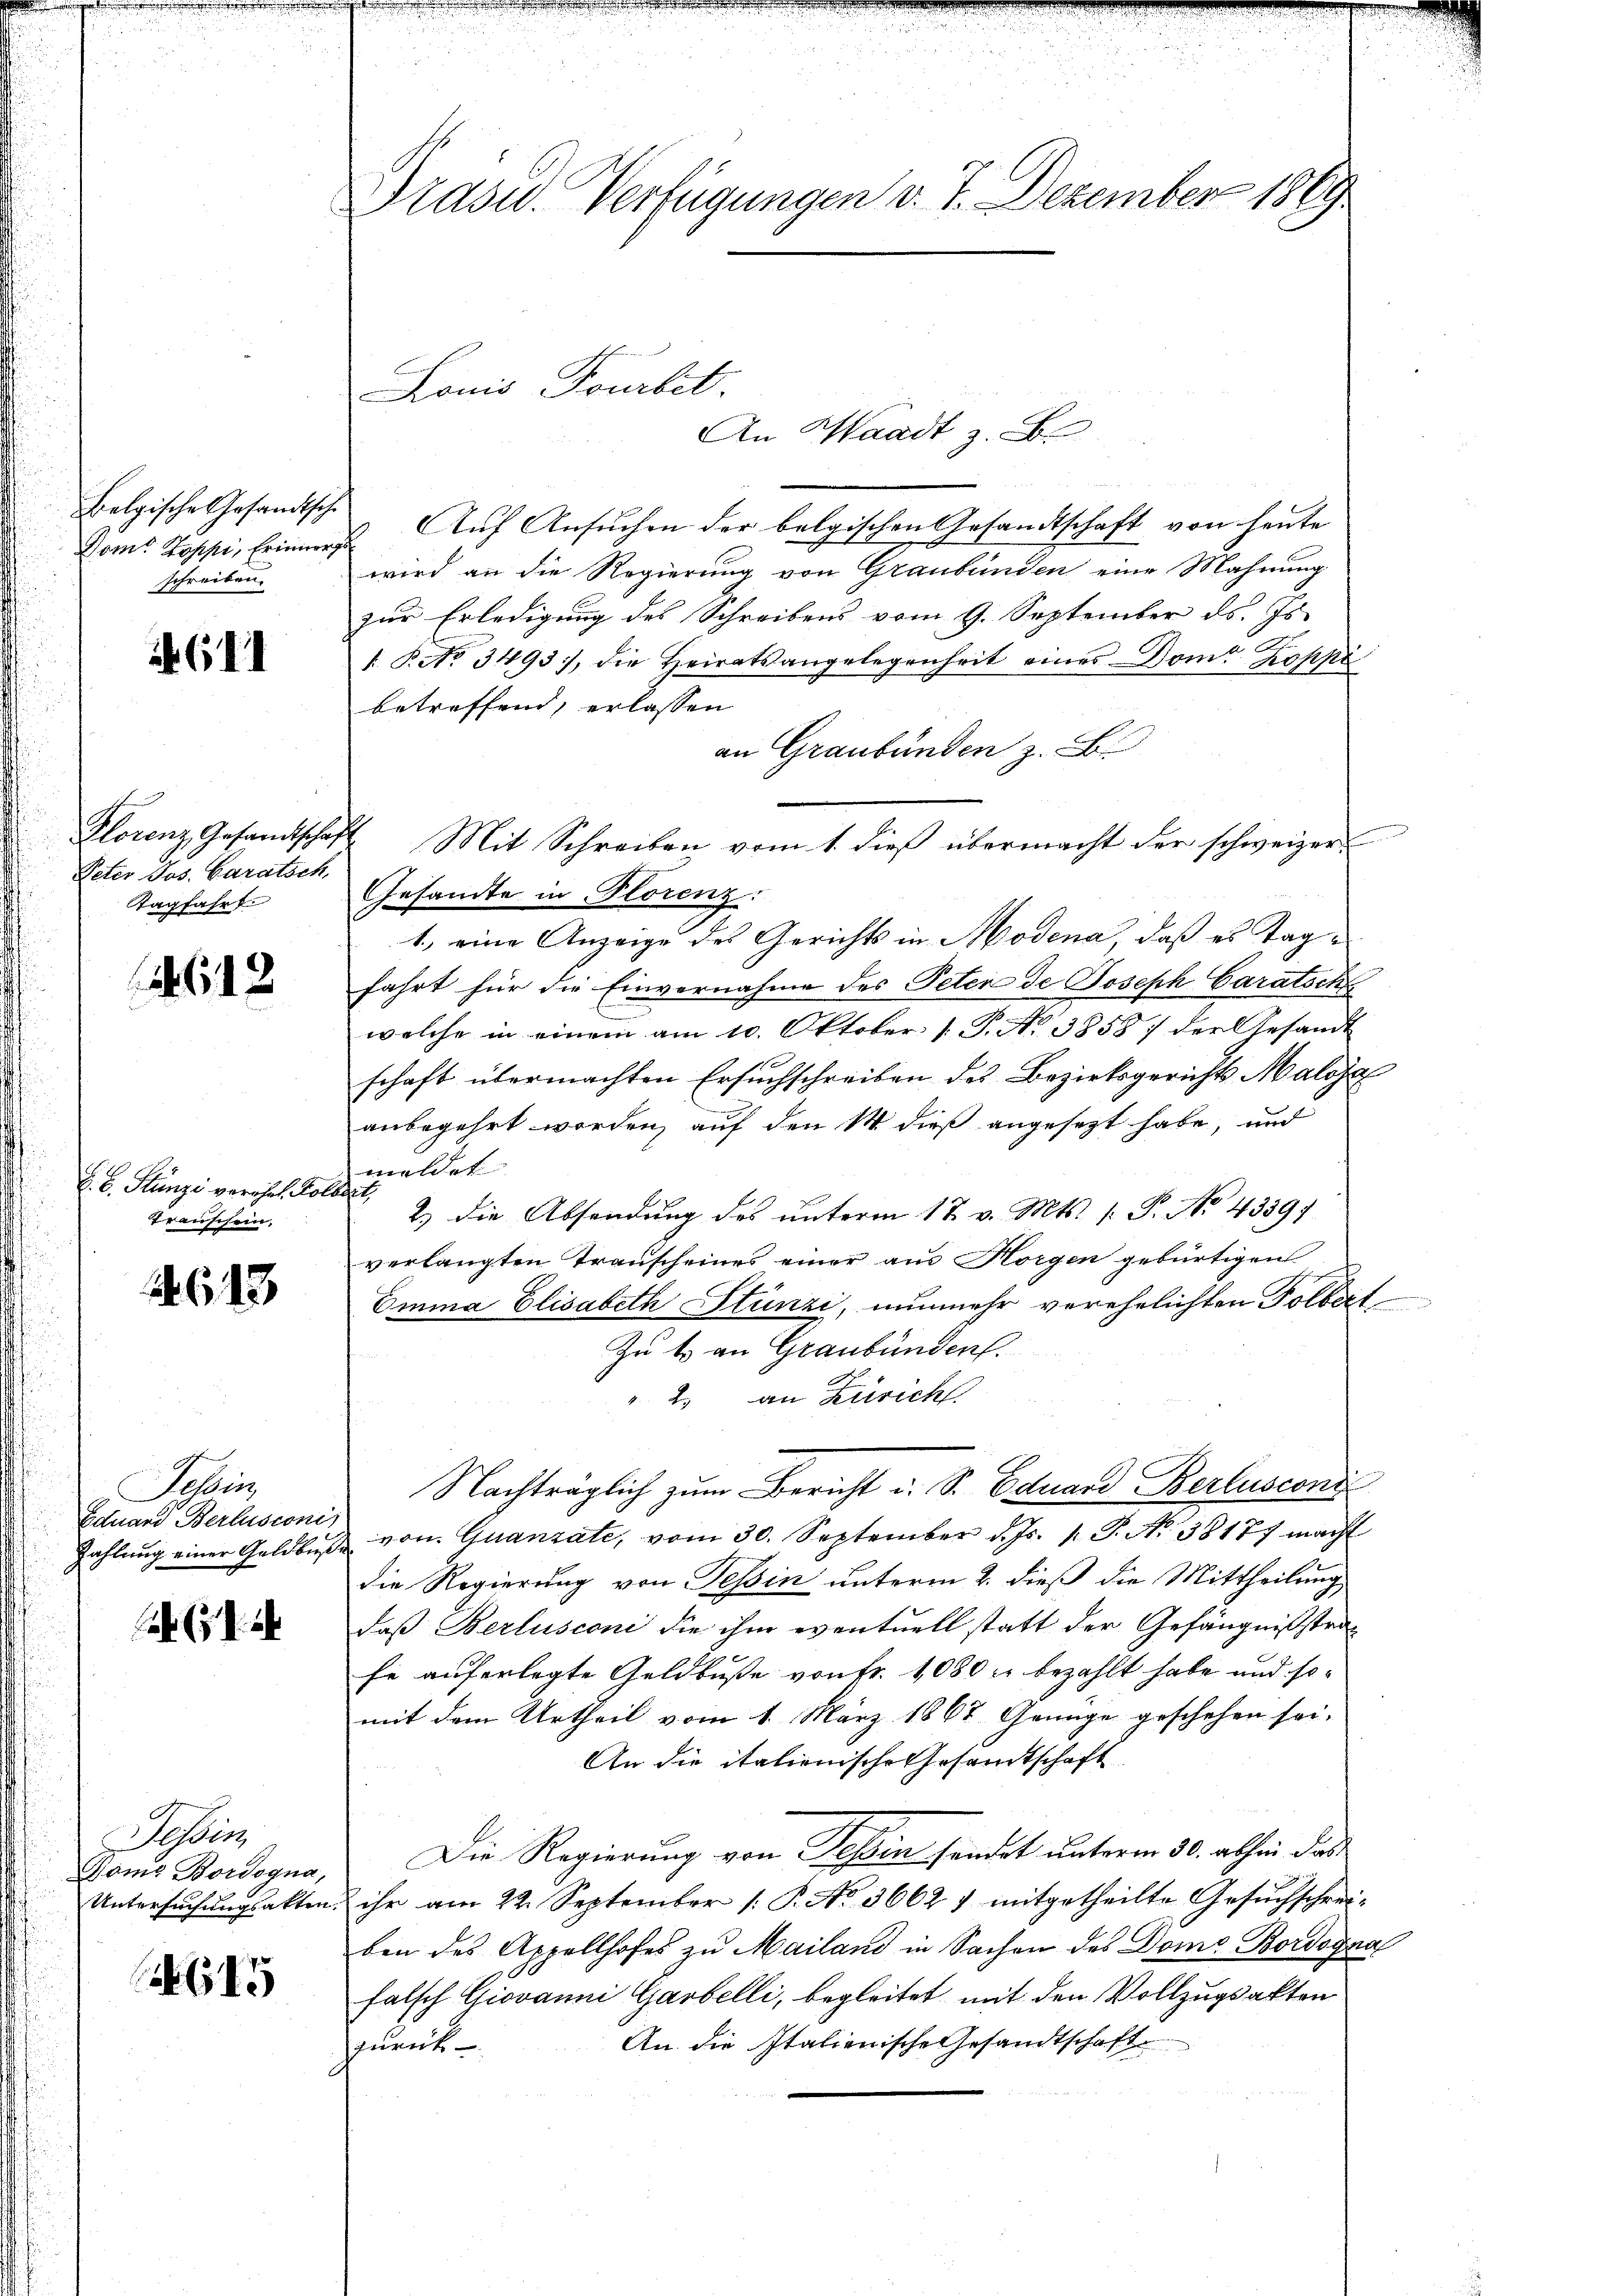
Belgische Gesandtsch
Dom. Koppi, Erinner
schreiben.

611

Peter Jos. Caratsch
Tagfahrt.

4612

S. B. Stünzi verohrt. Kolo
Transchein.

643

Selin
Eduard Berlusconis

. .

Tessin
Gome Bordogna,
Untersuchungsakten.

615

Präsel. Verfügungen d. 7. Dezember 1889

Louis Fourbet.

t
 Auf Ansuchen der belgischen Gesandtschaft von heute
wird an die Regierung von Graubünden eine Mahnung
zur Erledigung des Schreibens vom 9. September ds. Js.
1 Ro. 3493), die Heiratsangelegenheit eines Dom. Koppe
betreffend, erlassen
an Graubünden z. B.
1, eine Anzeige des Gerichts in Modena, daß es Tagfahrt für die Einvernahme des Peter de Joseph Caratsche
welche in einem am 10. Oktober [ P. No 3858: der Gesandt
schaft übermachten Ersuchschreiben des Bezirksgerichts Maloja
anbegehrt worden, auf den 14 dieß angesezt habe, und
meldet.
afet
2.) Die Absendung des unterm 17. v. Mts. f. P. No 4339)
verlangten Transcheines einer am Horgen gebürtigen
Emina Elisabeth Stünzi, nunmehr verehelichten Tolbert
Zu t an Graubünden.
2. an Zürich
Nachträglich zum Bericht u. Sr. Eduard Berlusconi
Zahlŭng einer Geldbŭβ von Quanzate, vom 30. September d. Js. v. J. No 38177 macht
die Regierung von Tessin unterm 2. dieß die Mittheilung
daß Berlusconi die ihm eventuell statt der Gefängnißstrafe auferlegte Geldbuße von Fr. 1080 cr bezahlt habe und somit dem Urtheil vom 1. März 1867. Genüge geschehen sei.
An die italienische Gesandtschaft
Die Regierung von Tessin sondet unterm 30. abhin das
ihr am 22. September 1. P. No. 3662 7 mitgetheilte Gesŭchschrei-
ben des Appellhofes zu Mailand in Sachen des Dome Bordogna
falsch Giovanni Gasbelli, begleitet mit den Vollzugsakten
An die Italienische Gesandtschaft
zurück

An Waadt z. B.

Florenz Gesandtschaft. Mit Schreiben vom 1. dieβ übermacht der schweizer
Gesandte in Florenz: